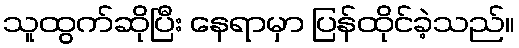
သူထွက်ဆိုပြီး နေရာမှာ ပြန်ထိုင်ခဲ့သည်။